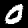
Label: 0